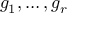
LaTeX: g _ { 1 } , \ldots , g _ { r }